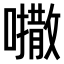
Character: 𫬒